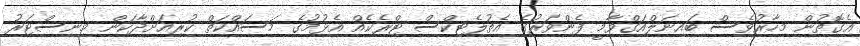
އެގޮތުން މިހާރުވެސް ބައިނަލްއަގްވާމީ ފެންވަރުގެ އެތުލެޓިކްސް ޓްރެކެއް އެޅުމުގެ މަސައްކަތް ކުރިއަށްދާކަން މިނިސްޓަރު